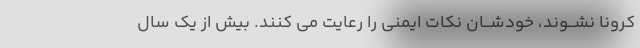
کرونا نشــوند، خودشــان نکات ایمنى را رعایت مى کنند. بیش از یک سال